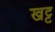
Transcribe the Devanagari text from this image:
खट्ट